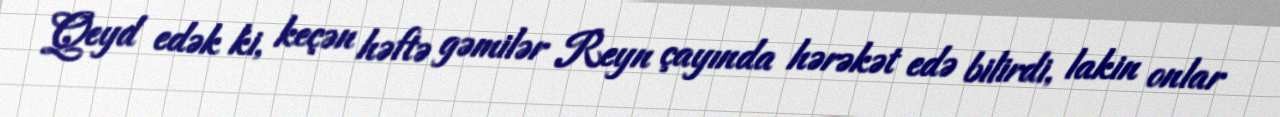
Qeyd edək ki, keçən həftə gəmilər Reyn çayında hərəkət edə bilirdi, lakin onlar